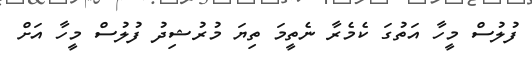
ފުލުސް މީހާ އަތުގަ ކެމެރާ ނެތީމަ ތިޔަ މުރުޝިދު ފުލުސް މީހާ އަށް